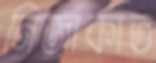
নিজাকাত